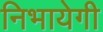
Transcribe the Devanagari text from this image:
निभायेगी